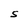
Character: S